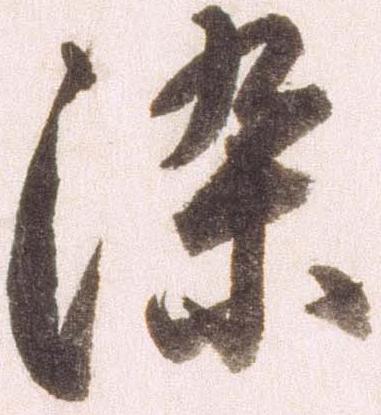
染